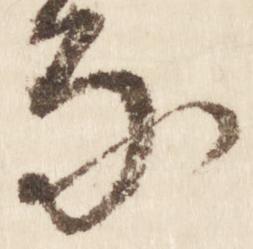
な